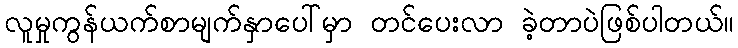
လူမှုကွန်ယက်စာမျက်နှာပေါ်မှာ တင်ပေးလာ ခဲ့တာပဲဖြစ်ပါတယ်။